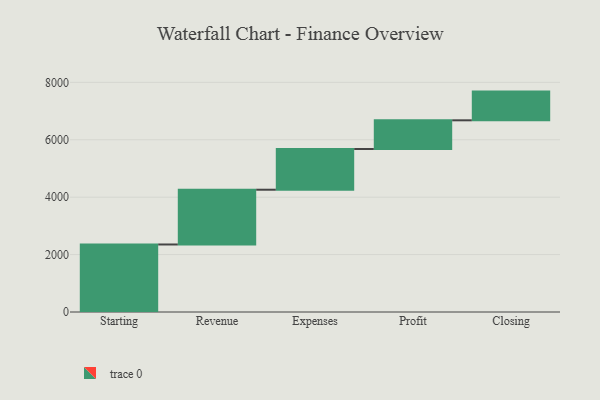
{"axis": {"x": "Step", "y": "Value"}, "legend": [""], "data": [{"x": "Starting", "y": 2352.0, "type": ""}, {"x": "Revenue", "y": 1908.0, "type": ""}, {"x": "Expenses", "y": 1418.0, "type": ""}, {"x": "Profit", "y": 1000, "type": ""}, {"x": "Closing", "y": 1000, "type": ""}]}